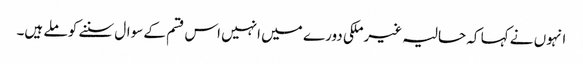
انہوں نے کہا کہ حالیہ غیرملکی دورے میں انہیں اس قسم کے سوال سننے کو ملے ہیں۔